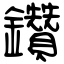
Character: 鑽